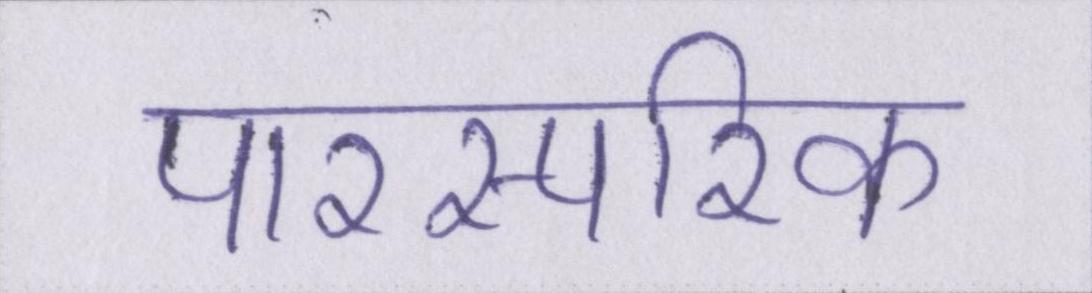
पारस्परिक